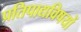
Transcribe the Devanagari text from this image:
प्रतिपाद्यविषयों